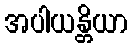
အပါယန္တိယာ